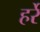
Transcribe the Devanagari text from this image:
हर्रे